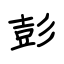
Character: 彭